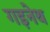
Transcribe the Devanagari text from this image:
गइनेथ